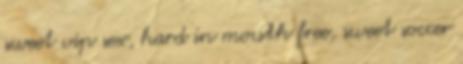
sweet vip sex, hard in mouth free, sweet soccer